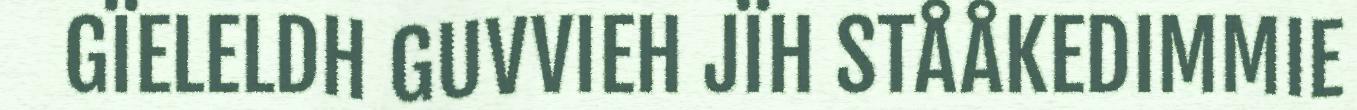
GÏELELDH GUVVIEH JÏH STÅÅKEDIMMIE